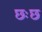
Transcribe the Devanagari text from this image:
छःछ